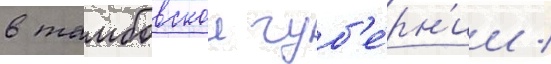
в тамбовскои губ'е́рн'ии /